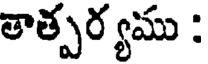
తాత్పర్యము :